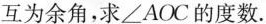
互为余角，求\angle AOC的度数.